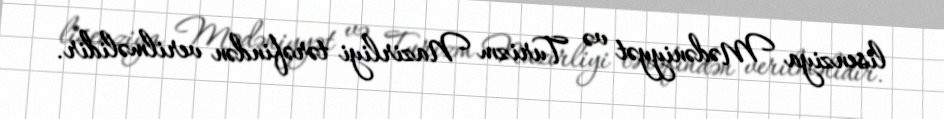
lisenziya Mədəniyyət və Turizm Nazirliyi tərəfindən verilməlidir.